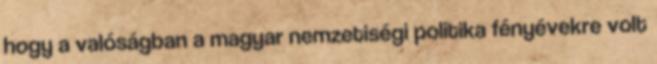
hogy a valóságban a magyar nemzetiségi politika fényévekre volt